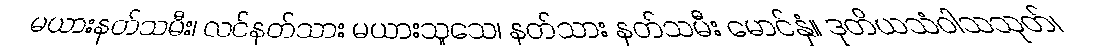
မယားနတ်သမီး၊ လင်နတ်သား မယားသူသေ၊ နတ်သား နတ်သမီး မောင်နှံ။ ဒုတိယသံဝါသသုတ်၊